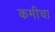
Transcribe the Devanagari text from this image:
कमीचा